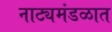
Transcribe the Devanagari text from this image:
नाट्यमंडळात